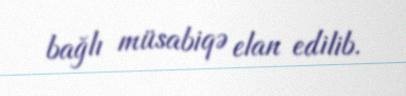
bağlı müsabiqə elan edilib.